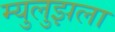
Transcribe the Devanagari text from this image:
म्युलुझला